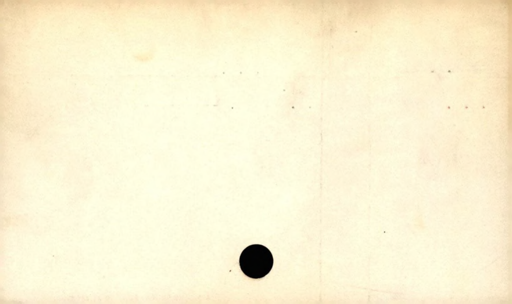
Label: divider